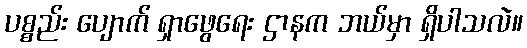
ပစ္စည်း ပျောက် ရှာဖွေရေး ဌာနက ဘယ်မှာ ရှိပါသလဲ။